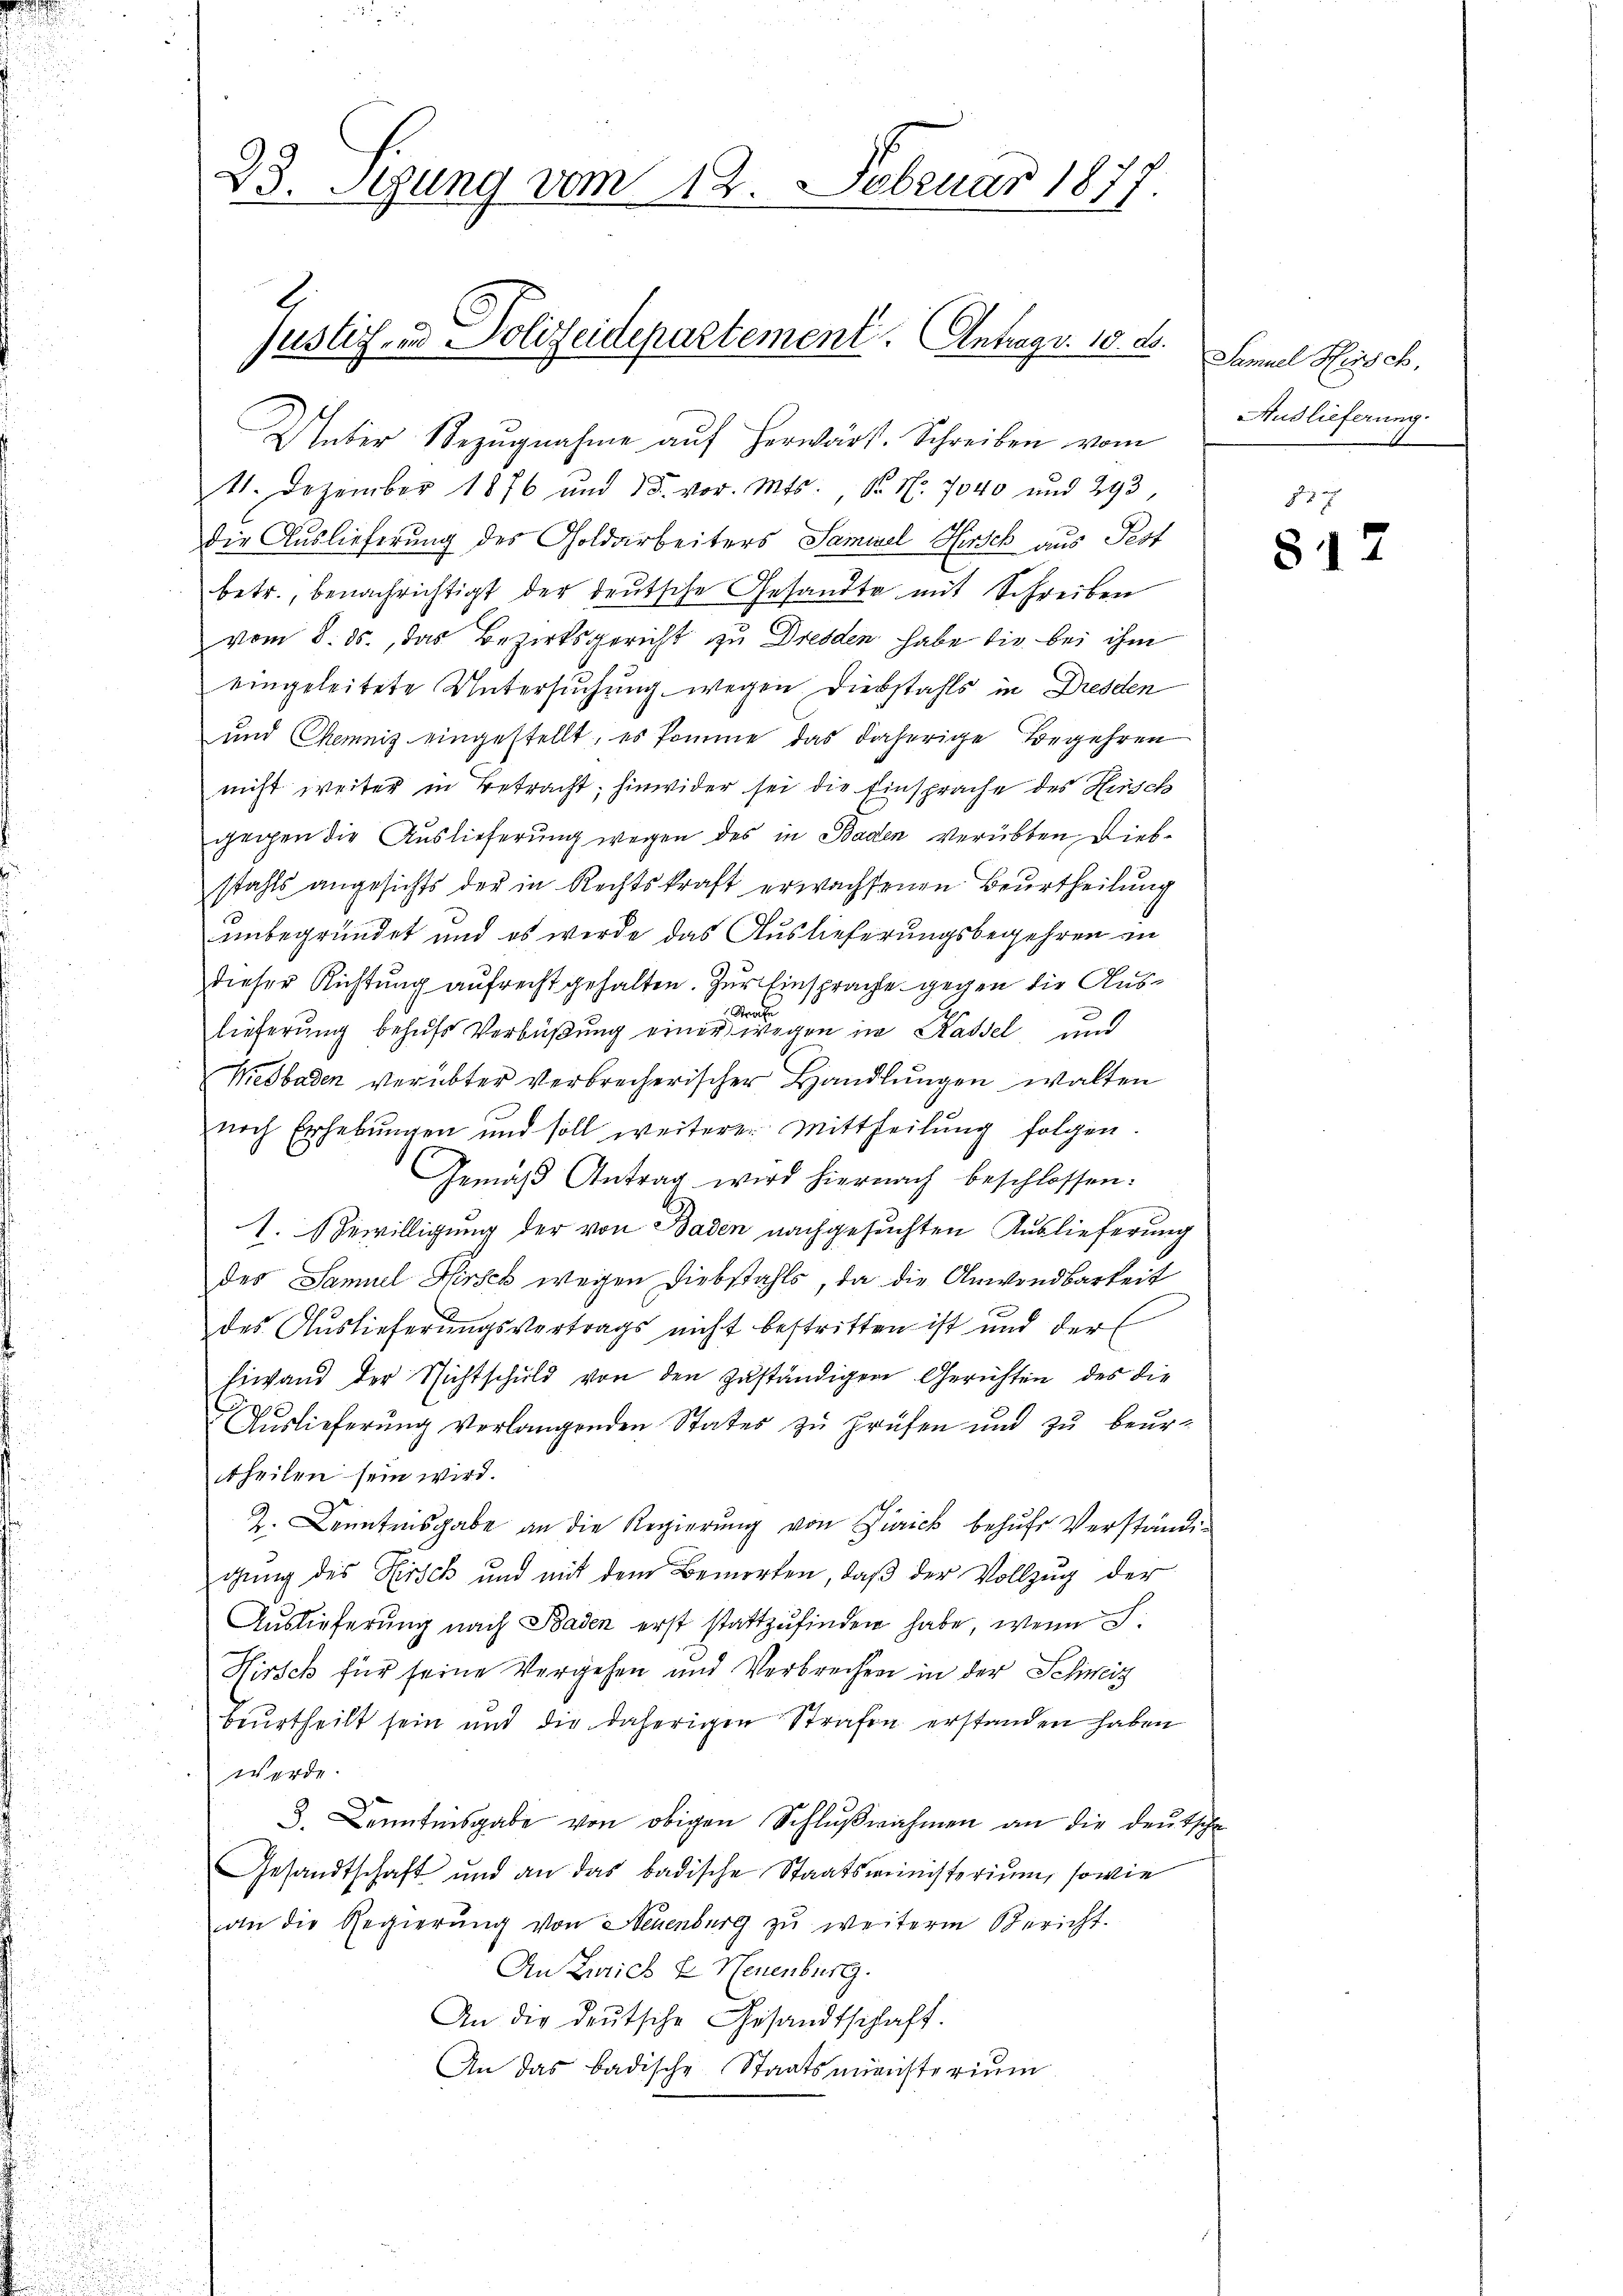
23. Jung vom 12. Februar 1877

Ueber Bezugnahme auf herwärst. Schreiben vom
11. Dezember 1876 und 15. vor. Mts. S. Nr. 7040 und 293,
die Auslieferung des Goldarbeiters Samuel Hirsch aus Pest
betr., benachrichtigt der deutsche Gesandte mit Schreiben
vom 8. ds., das Bezirksgericht zu Dresden habe die bei ihm
eingeleitete Untersuchung wegen Diebstahls in Dresden
und Chemniz eingestellt, es komme das daherige Begehren
nicht weiter in Betracht; hinwider sei die Einsprache des Hirsch
gegen die Auslieferung wegen des in Baden verübten, Diebstahls angesichts der in Rechtskraft erwachsenen Beurtheilung
unbegründet und es werde das Auslieferungsbegehren an
dieser Richtung aufrecht gehalten. Zur Einsprache gegen die Aus¬
Strafe
lieferŭng behŭfs Verbüβŭng einer wegen in Kassel und
Mesbaden verübter verbrecherischer Handlungen walten
noch Erhebungen und soll weiterer Mittheilung folgen.
Gemäβ Antrag wird hiernach beschlossen:
1. Bewilligung der von Baden nachgesuchten Auslieferung
des Samuel Hirsch wegen Diebstahls, da die Anwendbarkeit
des Auslieferungsvertrags nicht bestritten ist und der
Eiwand der Nichtschuld von den zuständiger Gerichten des die
Auslieferung verlangenden States zu prüfen und zu beurtheilen sein wird.
Z. Cantonsgabe an die Regierung von Frick behufs Verständigung des Kirsch und mit dem Bemerken, daß der Vollzug der
Auslieferung nach Baden erst stattzufinden habe, wenn S.
Hirsch für seine Vergehen und Verbrechen in der Schweiz
beurtheilt sein und die daherigen Strafen erstanden haben
werde.
8. Kenntnisgabe von obigen Schlŭβnahmen an die deutsche
Gesandtschaft und an das badische Staatsministerium, sowie
an die Regierung von Neuenburg zu weiterm Bericht.
An Zürich & Neuenburg.
An die deutsche Gesandtschaft.
An das badische Staatsministerium
u
n

Justich, und Polizeidepartement. Antrag v. 10. d.

Samuel Hinsch,
Audlieferung.

85

812